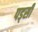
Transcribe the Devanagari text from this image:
पड्सी